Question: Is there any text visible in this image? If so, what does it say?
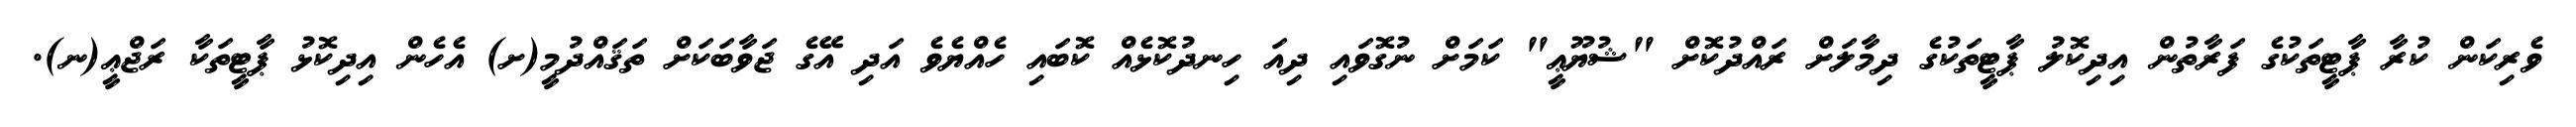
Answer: ވެރިކަން ކުރާ ޕާޓީތަކުގެ ފަރާތުން އިދިކޮލު ޕާޓީތަކުގެ ދިމާލަށް ރައްދުކޮށް "ޝުޔޫޢީ" ކަމަށް ނުގޮވައި ދިއަ ހިނދުކޮޅެއް ކޮބައި ހެއްޔެވެ އަދި އޭގެ ޖަވާބަކަށް ތަޤައްދުމީ(ށ) އެހެން އިދިކޮޅު ޕާޓީތަކާ ރަޖްޢީ(ނ).